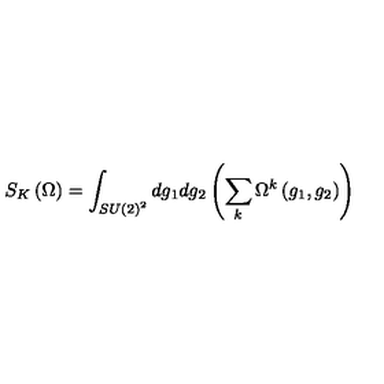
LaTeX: S _ { K } \left( \Omega \right) = \int _ { S U \left( 2 \right) ^ { 2 } } d g _ { 1 } d g _ { 2 } \left( \sum _ { k } \Omega ^ { k } \left( g _ { 1 } , g _ { 2 } \right) \right)